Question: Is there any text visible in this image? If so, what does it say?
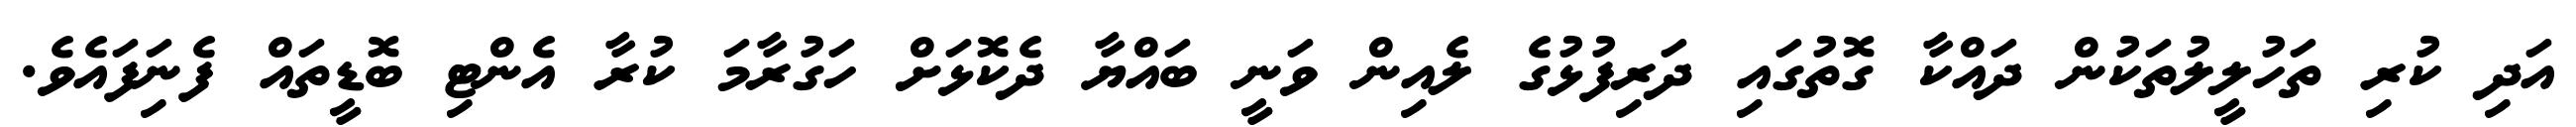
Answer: އަދި ކުރި ތަހުލީލުތަކުން ދައްކާ ގޮތުގައި ދަރިފުޅުގެ ލެއިން ވަނީ ބައްޔާ ދެކޮޅަށް ހަގުރާމަ ކުރާ އެންޓި ބޮޑީތައް ފެނިަފައެވެ.